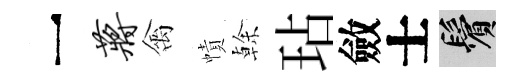
一蒋禽幘𠏉玷斂士鬢